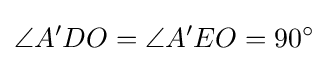
\angle A'DO=\angle A'EO=90^{\circ }